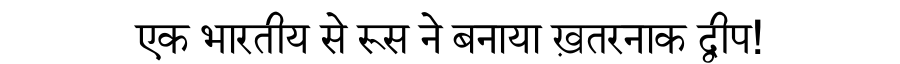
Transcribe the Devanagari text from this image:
एक भारतीय से रूस ने बनाया ख़तरनाक द्वीप!